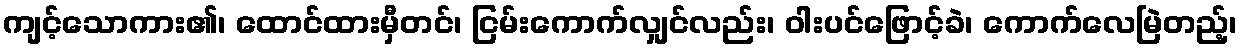
ကျင့်သောကား၏၊ ထောင်ထားမှီတင်၊ ငြမ်းကောက်လျှင်လည်း၊ ဝါးပင်ဖြောင့်ခဲ၊ ကောက်လေမြဲတည့်၊